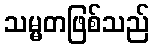
သမ္မတဖြစ်သည်